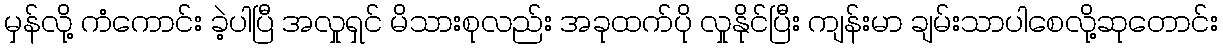
မှန်လို့ ကံကောင်း ခဲ့ပါပြီ အလှုရှင် မိသားစုလည်း အခုထက်ပို လှုနိုင်ပြီး ကျန်းမာ ချမ်းသာပါစေလို့ဆုတောင်း